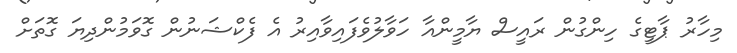
މިހާރު ޕާޓީގެ ހިންގުން ރައީސް ޔާމީންއާ ހަވާލުވެފައިވާއިރު އެ ފެކްޝަނުން ގޮވަމުންދިޔަ ގޮތަށް